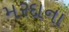
મરદાના